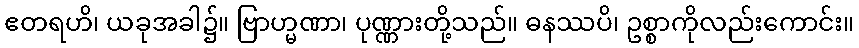
ဧတရဟိ၊ ယခုအခါ၌။ ဗြာဟ္မဏာ၊ ပုဏ္ဏားတို့သည်။ ဓနဿပိ၊ ဥစ္စာကိုလည်းကောင်း။